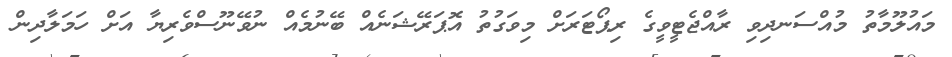
މައުލޫމާތު މުއްސަނދިވި ރާއްޖެޓީވީގެ ރިޕޯޓަރަށް މިވަގުތު އޮޕަރޭޝަނެއް ބޭނުމެއް ނުވޭނޫސްވެރިޔާ އަށް ހަމަލާދިން